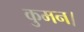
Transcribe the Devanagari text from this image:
कुमन।